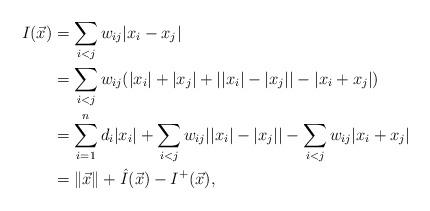
LaTeX: \begin{align*}I(\vec x)&=\sum_{i<j}w_{ij}|x_i-x_j|\\&=\sum_{i< j} w_{ij}(|x_i|+|x_j| +||x_i|-|x_j||-|x_i+x_j|)\\&=\sum_{i=1}^n d_i|x_i| + \sum_{i< j}w_{ij} ||x_i|-|x_j||- \sum_{i< j} w_{ij}|x_i+x_j|\\&= \|\vec x\|+\hat{I}(\vec x)-I^+(\vec x),\end{align*}